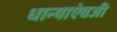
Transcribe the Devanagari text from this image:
धान्याऐवजी